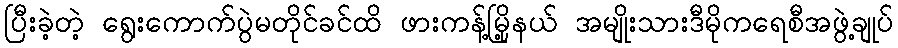
ပြီးခဲ့တဲ့ ရွေးကောက်ပွဲမတိုင်ခင်ထိ ဖားကန့်မြို့နယ် အမျိုးသားဒီမိုကရေစီအဖွဲ့ချုပ်